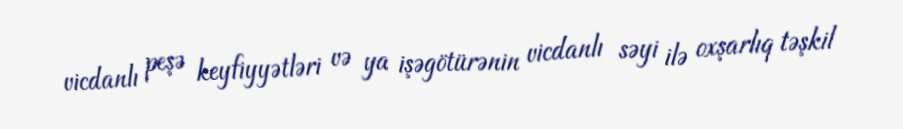
vicdanlı peşə keyfiyyətləri və ya işəgötürənin vicdanlı səyi ilə oxşarlıq təşkil